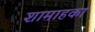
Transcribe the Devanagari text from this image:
शामाहका